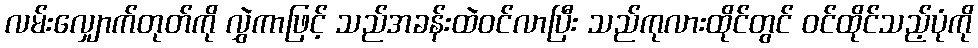
လမ်းလျှောက်တုတ်ကို လွှဲကာဖြင့် သည်အခန်းထဲဝင်လာပြီး သည်ကုလားထိုင်တွင် ဝင်ထိုင်သည့်ပုံကို